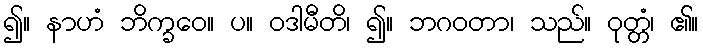
၍။ နာဟံ ဘိက္ခဝေ။ ပ။ ဝဒါမီတိ၊ ၍။ ဘဂဝတာ၊ သည်။ ဝုတ္တံ၊ ၏။